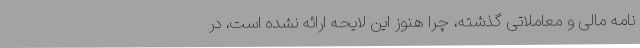
نامه مالی و معاملاتی گذشته، چرا هنوز این لایحه ارائه نشده است، در